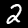
Label: 2